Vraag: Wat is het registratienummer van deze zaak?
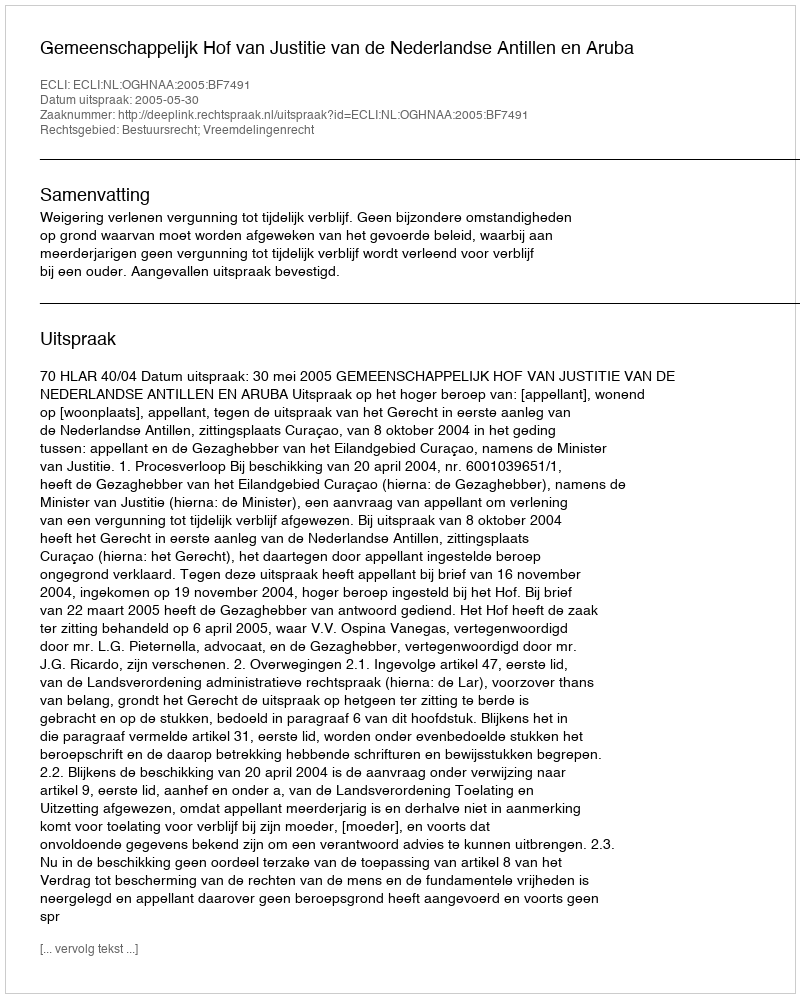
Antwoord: http://deeplink.rechtspraak.nl/uitspraak?id=ECLI:NL:OGHNAA:2005:BF7491